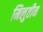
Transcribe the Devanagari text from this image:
मिलुतीन